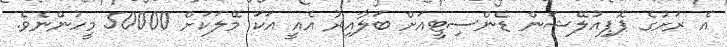
އެ ރަށުގެ ޕޮޕިއުލޭޝަން ޑެންސިޓީއަށް ބަލާއިރު އެއީ އަކަ މޭލަކަށް 50000 މީހުންނެވެ.